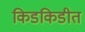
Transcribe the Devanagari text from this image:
किडकिडीत